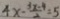
4 x - \frac { 3 x - 4 } { 2 } = 5